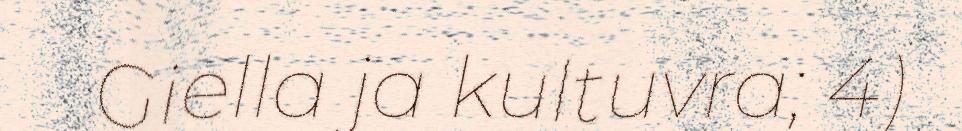
Giella ja kultuvra; 4)